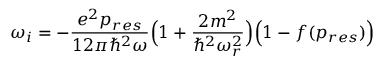
\omega _ { i } = - \frac { e ^ { 2 } p _ { r e s } } { 1 2 \pi \hbar ^ { 2 } \omega } \Big ( 1 + \frac { 2 m ^ { 2 } } { \hbar ^ { 2 } \omega _ { r } ^ { 2 } } \Big ) \Big ( 1 - f ( p _ { r e s } ) \Big )